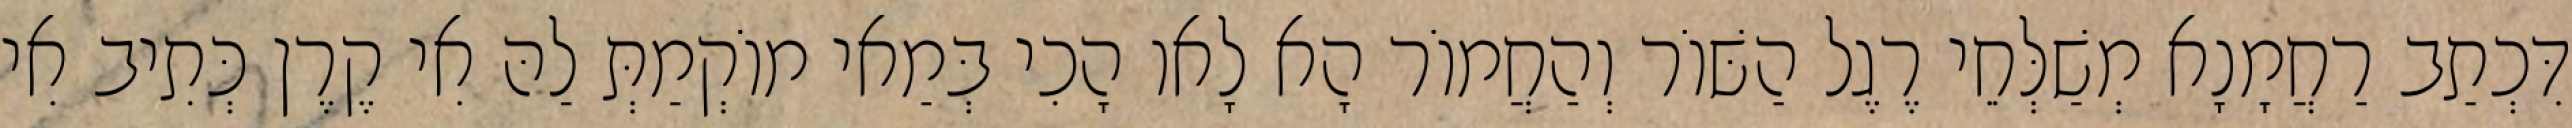
דִּכְתַב רַחֲמָנָא מְשַׁלְּחֵי רֶגֶל הַשּׁוֹר וְהַחֲמוֹר הָא לָאו הָכִי בְּמַאי מוֹקְמַתְּ לַהּ אִי קֶרֶן כְּתִיב אִי